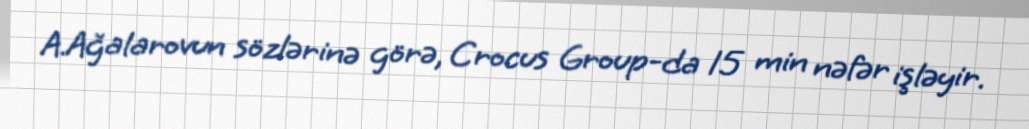
A.Ağalarovun sözlərinə görə, Crocus Group-da 15 min nəfər işləyir.